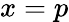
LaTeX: x=p